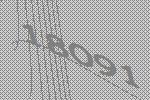
18091